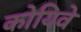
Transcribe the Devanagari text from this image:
कोयिवे